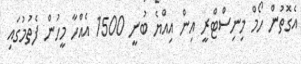
އެގޮތުން ހޯމް މިނިސްޓްރީ އިން އިއްޔެ ބުނީ 1500 އެއްހާ މީހުން ފެތުމުގައި